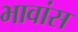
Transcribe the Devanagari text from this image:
भावांस